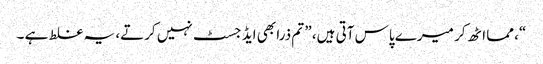
“، مما اٹھ کر میرے پاس آتی ہیں، ” تم ذرا بھی ایڈ جسٹ نہیں کرتے، یہ غلط ہے ۔